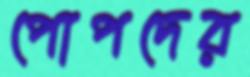
পোপদের